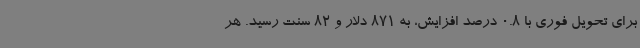
برای تحویل فوری با 0.8 درصد افزایش، به 871 دلار و 82 سنت رسید. هر